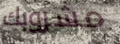
مشروبك